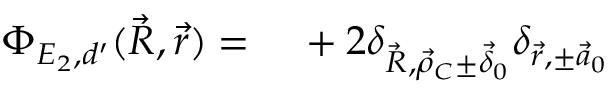
\begin{array} { r l } { \Phi _ { E _ { 2 } , d ^ { \prime } } ( \vec { R } , \vec { r } ) = \, } & { { } + 2 \delta _ { \vec { R } , \vec { \rho } _ { C } \pm \vec { \delta } _ { 0 } } \delta _ { \vec { r } , \pm \vec { a } _ { 0 } } } \end{array}